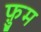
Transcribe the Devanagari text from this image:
फ़ुम